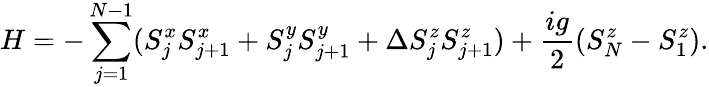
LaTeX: H=-\sum_{j=1}^{N-1}(S_{j}^{x}S_{j+1}^{x}+S_{j}^{y}S_{j+1}^{y}+\Delta S_{j}^{z}S_{j+1}^{z})+\frac{ig}{2}(S_{N}^{z}-S_{1}^{z}).